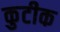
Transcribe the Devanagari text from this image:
कुटीक